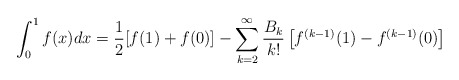
\begin{align*} \int_0^1 f(x)dx = \frac{1}{2} [f(1)+f(0)] - \sum\limits_{k = 2}^\infty \frac{B_{k}}{k!} \left[f^{(k - 1)}(1) - f^{(k - 1)}(0) \right] \end{align*}